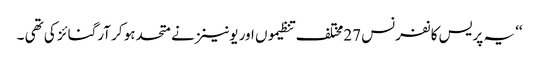
‘‘ یہ پریس کانفرنس 27مختلف تنظیموں اور یونینز نے متحدہو کر آرگنائز کی تھی ۔